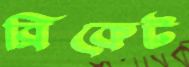
ব্রিকেট